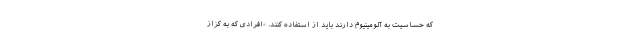
که حساسیت به آلومینیوم دارند باید از استفاده کنند. -افرادی که به کزاز